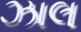
ઝાલ